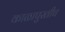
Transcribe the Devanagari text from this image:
काळापुरतीच